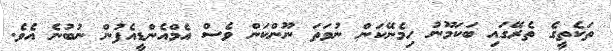
ތަކެތީގެ ތެރޭގައި ބަކަމޫނު ހިމެނޭކަން ނުވަތަ ނޫންކަން ވެސް އެމްއެންޑީއެފުން ނުބުނެ އެވެ.